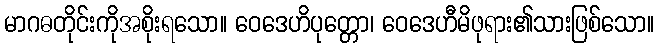
မာဂဓတိုင်းကိုအစိုးရသော။ ဝေဒေဟိပုတ္တော၊ ဝေဒေဟီမိဖုရား၏သားဖြစ်သော။